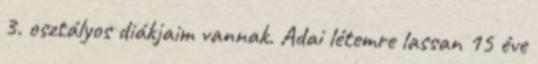
3. osztályos diákjaim vannak. Adai létemre lassan 15 éve